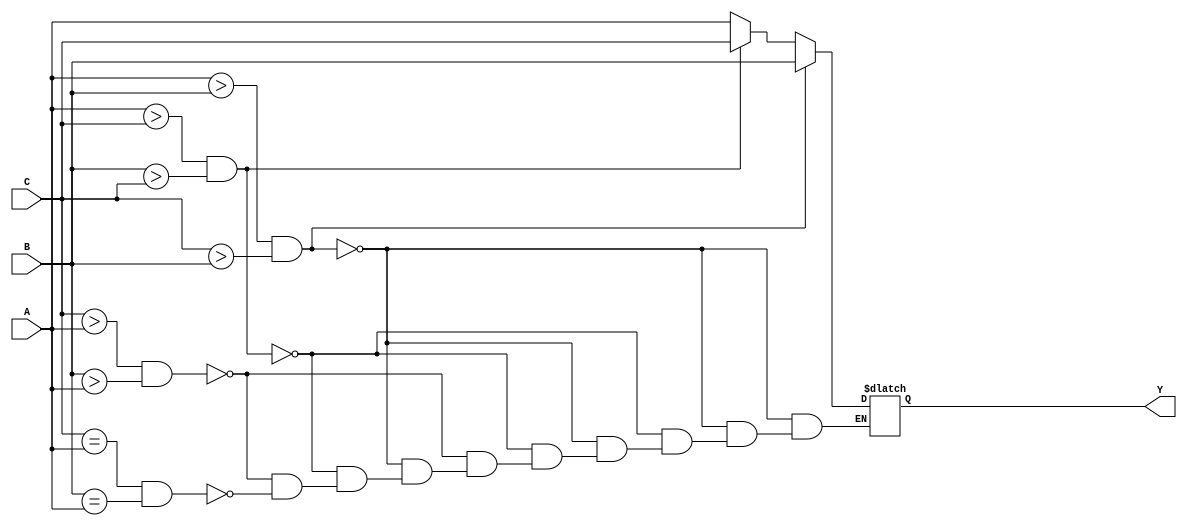
module min (A, B, C, Y);
  input [3:0] A, B, C;
  output [3:0] Y;
  reg [3:0] Y;

always @ (A or B or C) begin
  if (A > B & C > B) begin
    Y = B;
  end else if (A > C & B > C) begin
    Y = C;
  end else if (C > A & B > A) begin
    Y = A;
  end else if (C == A & B == A) begin
    Y = A;
  end

end

endmodule // min